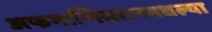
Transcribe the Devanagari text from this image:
अफगाणिस्तानमधल्या